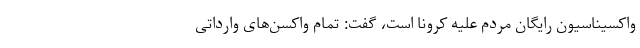
واکسیناسیون رایگان مردم علیه کرونا است، گفت: تمام واکسن‌های وارداتی